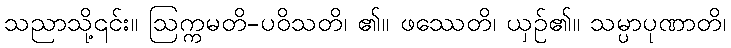
သညာသို့၎င်း။ ဩက္ကမတိ-ပဝိသတိ၊ ၏။ ဖဿေတိ၊ ယှဉ်၏။ သမ္ပာပုဏာတိ၊